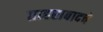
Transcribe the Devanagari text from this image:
ताहराबादचे